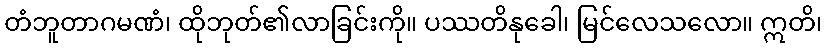
တံဘူတာဂမဏံ၊ ထိုဘုတ်၏လာခြင်းကို။ ပဿတိနုခေါ၊ မြင်လေသလော။ ဣတိ၊